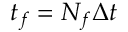
t _ { f } = N _ { f } \Delta t